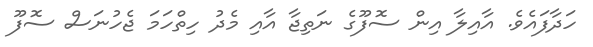
ހަދާފައެވެ. އާއިލާ އިން ސޮފޫގެ ނަތިޖާ އާއި މެދު ހިތްހަމަ ޖެހުނަސް ސޮފޫ